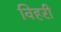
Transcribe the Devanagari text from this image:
विहरी